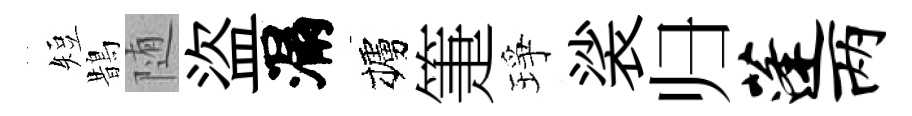
短鵲随盜漏櫨箑琤裟归蓬两